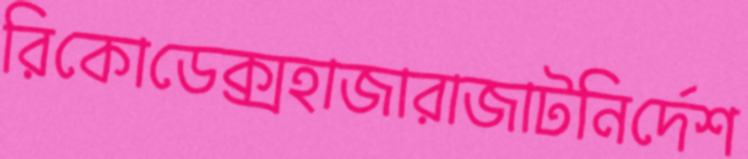
রিকোডেক্সহাজারাজাটনির্দেশ